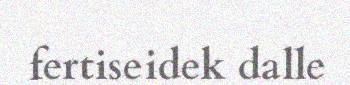
fertiseidek dalle